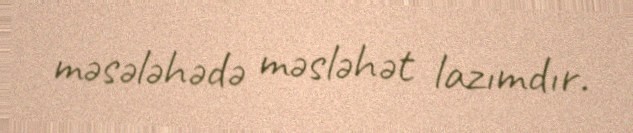
məsələhədə məsləhət lazımdır.